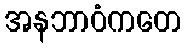
အနဘာဝံကတေ